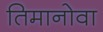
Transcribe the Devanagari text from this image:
तिमानोवा